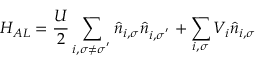
H _ { A L } = \frac { U } { 2 } \sum _ { i , \sigma \neq \sigma ^ { ' } } \hat { n } _ { i , \sigma } \hat { n } _ { i , \sigma ^ { ' } } + \sum _ { i , \sigma } V _ { i } \hat { n } _ { i , \sigma }